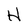
Character: H